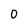
Character: 0